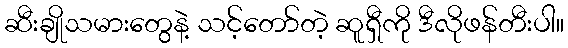
ဆီးချိုသမားတွေနဲ့ သင့်တော်တဲ့ ဆူရှီကို ဒီလိုဖန်တီးပါ။